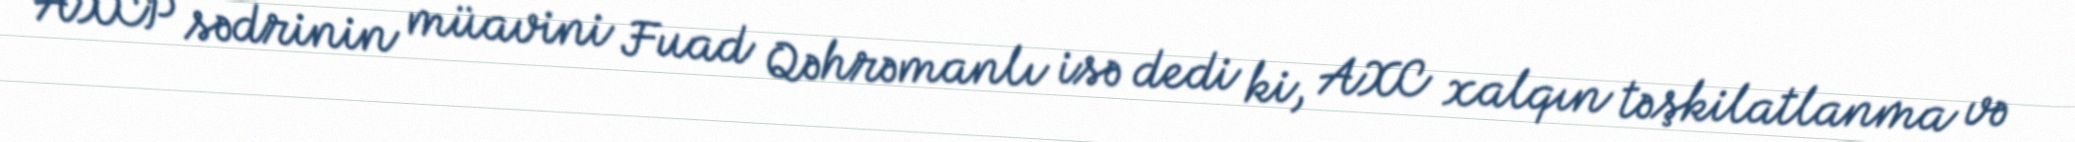
AXCP sədrinin müavini Fuad Qəhrəmanlı isə dedi ki, AXC xalqın təşkilatlanma və